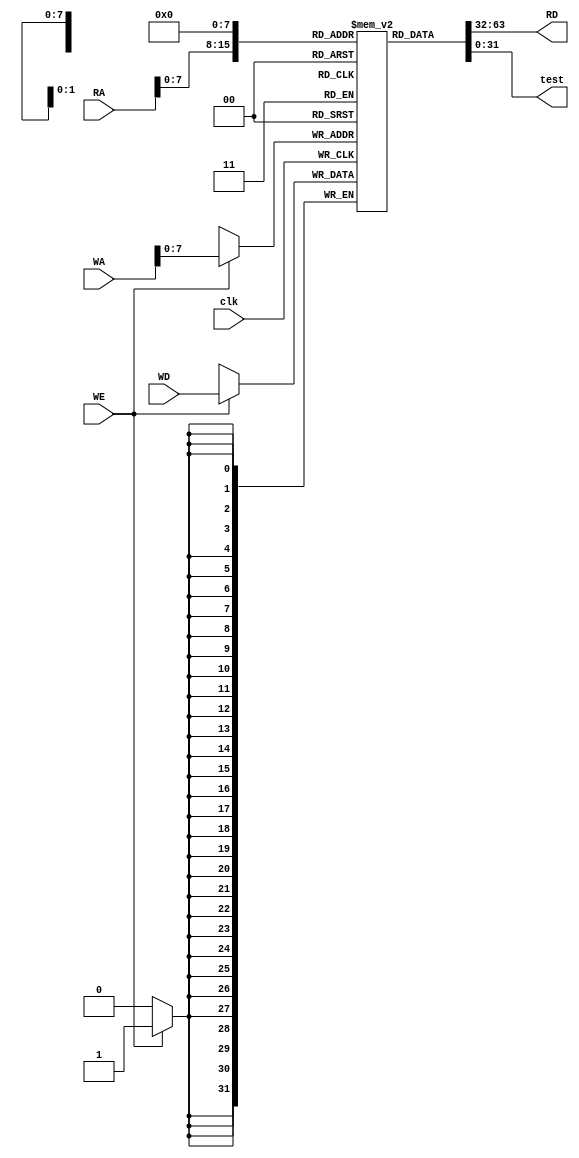
// Dual port memory

module data_mem #(parameter DATA = 32, ADDR = 32, MEM_DEPTH = 256)(
    input clk, WE,
    input [ADDR - 1 : 0] WA, RA,
    input [DATA - 1 : 0] WD,
    output [DATA - 1 : 0] RD, test
);
    reg [DATA - 1 : 0] D_MEM [0 : MEM_DEPTH - 1];

    always @(posedge clk) begin
        if (WE)
            D_MEM[WA] <= WD;
    end
    
   assign RD = D_MEM[RA];
   assign test = D_MEM[0];
endmodule